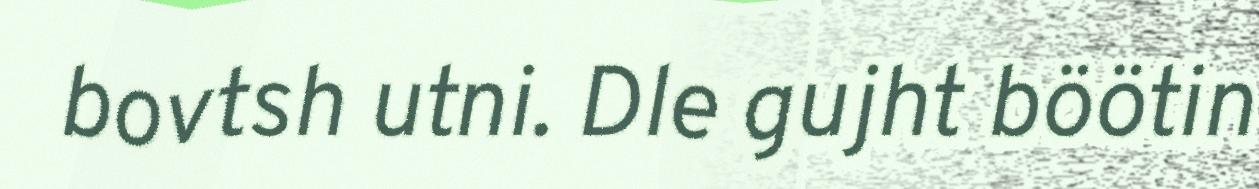
bovtsh utni. Dle gujht böötin